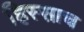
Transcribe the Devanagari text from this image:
हिस्साच